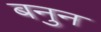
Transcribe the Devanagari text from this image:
बनुन